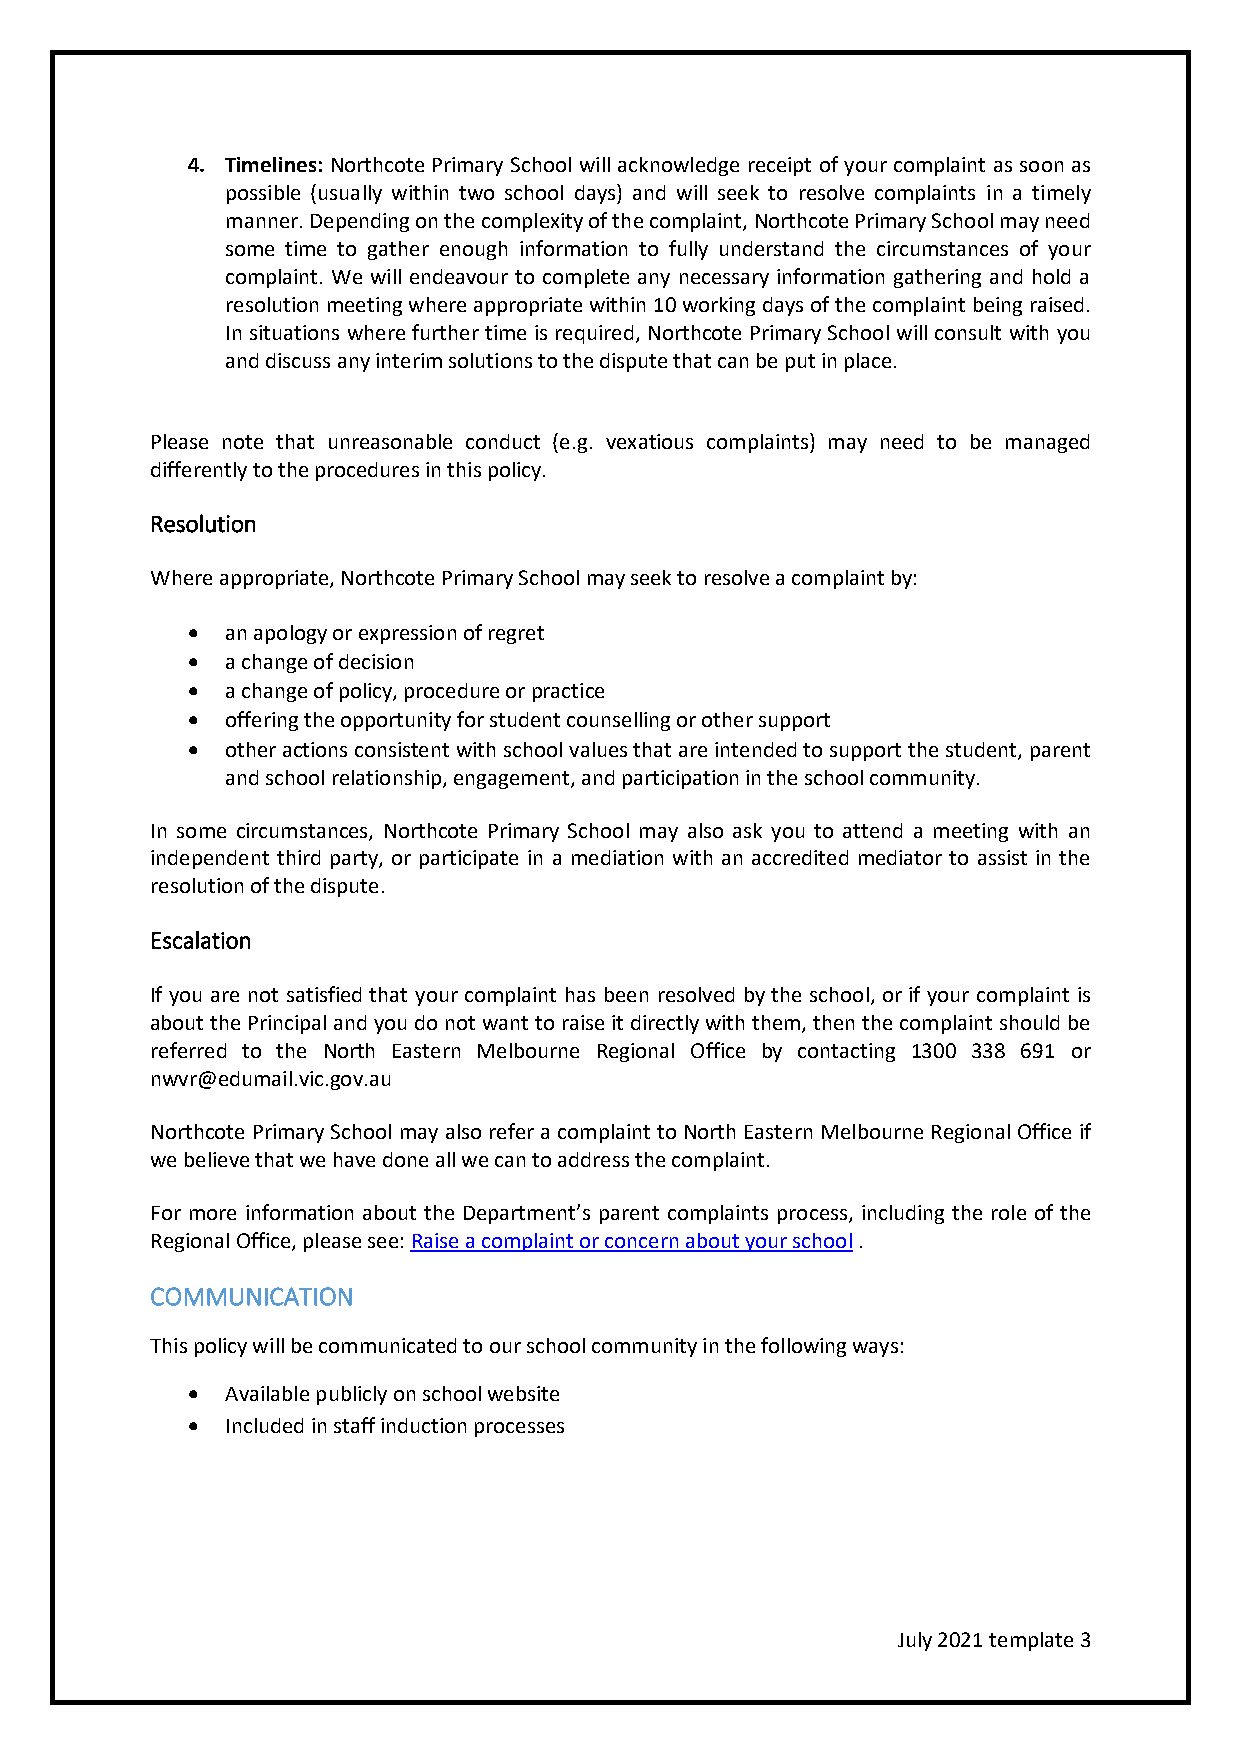
4. Timelines: Northcote Primary School will acknowledge receipt of your complaint as soon as
 possible (usually within two school days) and will seek to resolve complaints in a timely
 manner. Depending on the complexity of the complaint, Northcote Primary School may need
 some time to gather enough information to fully understand the circumstances of your
 complaint. We will endeavour to complete any necessary information gathering and hold a
 resolution meeting where appropriate within 10 working days of the complaint being raised.
 In situations where further time is required, Northcote Primary School will consult with you
 and discuss any interim solutions to the dispute that can be put in place.
 Please note that unreasonable conduct (e.g. vexatious complaints) may need to be managed
 differently to the procedures in this policy.
 Resolution
 Where appropriate, Northcote Primary School may seek to resolve a complaint by:
 •  an apology or expression of regret
 •  a change of decision
 •  a change of policy, procedure or practice
 •  offering the opportunity for student counselling or other support
 •  other actions consistent with school values that are intended to support the student, parent
 and school relationship, engagement, and participation in the school community.
 In some circumstances, Northcote Primary School may also ask you to attend a meeting with an
 independent third party, or participate in a mediation with an accredited mediator to assist in the
 resolution of the dispute.
 Escalation
 If you are not satisfied that your complaint has been resolved by the school, or if your complaint is
 about the Principal and you do not want to raise it directly with them, then the complaint should be
 referred to the North Eastern Melbourne Regional Office by contacting 1300 338 691 or
 nwvr@edumail.vic.gov.au
 Northcote Primary School may also refer a complaint to North Eastern Melbourne Regional Office if
 we believe that we have done all we can to address the complaint.
 For more information about the Department’s parent complaints process, including the role of the
 Regional Office, please see: Raise a complaint or concern about your school .
 COMMUNICATION
 This policy will be communicated to our school community in the following ways:
 •  Available publicly on school website
 •  Included in staff induction processes
 July 2021 template 3